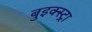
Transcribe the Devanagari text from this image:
बुइक्स्ट्रा